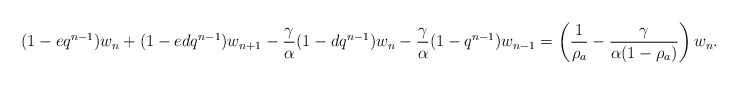
\begin{align*} (1-e q^{n-1}) w_n+ (1-ed q^{n-1}) w_{n+1} - \frac{\gamma}{\alpha} (1-d q^{n-1}) w_n -\frac{\gamma}{\alpha} (1-q^{n-1})w_{n-1} = \left( \frac{1}{\rho_a} -\frac{\gamma}{\alpha(1-\rho_a)}\right) w_n. \end{align*}